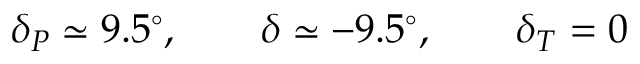
\delta _ { P } \simeq 9 . 5 ^ { \circ } , \qquad \delta \simeq - 9 . 5 ^ { \circ } , \qquad \delta _ { T } = 0